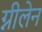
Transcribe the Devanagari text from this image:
ग्नीलेन